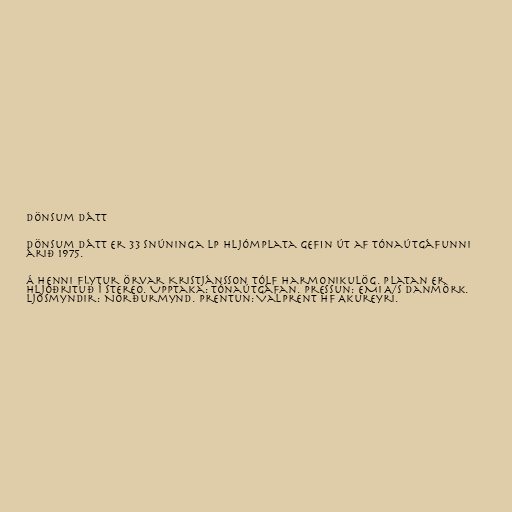
Dönsum dátt

Dönsum dátt er 33 snúninga LP hljómplata gefin út af Tónaútgáfunni
árið 1975.

Á henni flytur Örvar Kristjánsson tólf harmonikulög. Platan er
hljóðrituð í stereo. Upptaka: Tónaútgáfan. Pressun: EMI A/S Danmörk.
Ljósmyndir: Norðurmynd. Prentun: Valprent hf Akureyri.